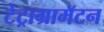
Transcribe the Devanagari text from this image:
टेट्राग्रामॅटन